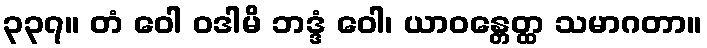
၃၃၇။ တံ ဝေါ ဝဒါမိ ဘဒ္ဒံ ဝေါ၊ ယာဝန္တေတ္ထ သမာဂတာ။